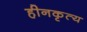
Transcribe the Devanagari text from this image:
हीनकृत्य